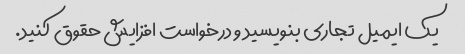
یک ایمیل تجاری بنویسید و درخواست افزایش حقوق کنید.